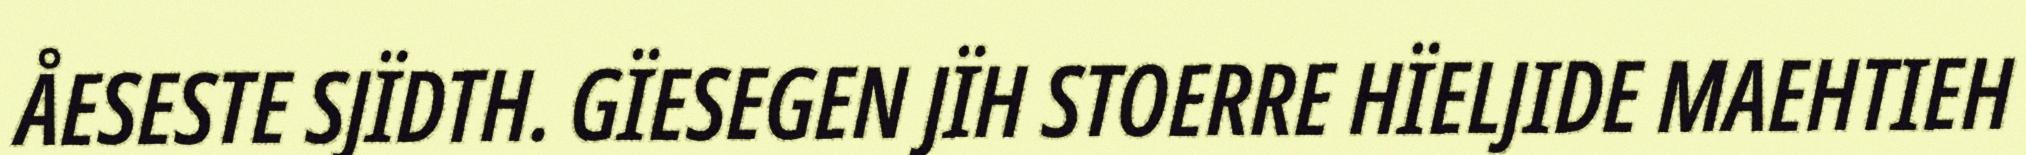
ÅESESTE SJÏDTH. GÏESEGEN JÏH STOERRE HÏELJIDE MAEHTIEH